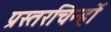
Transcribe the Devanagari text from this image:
प्रस्तरचिन्हों